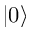
| 0 \rangle